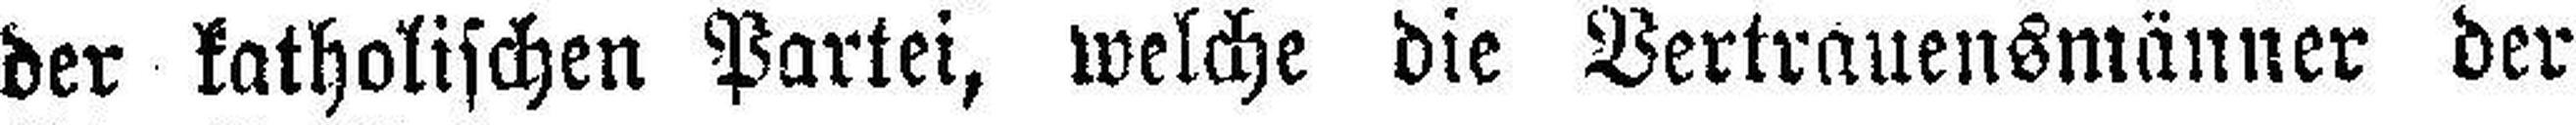
der katholischen Partei, welche die Vertrauensmänner der